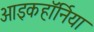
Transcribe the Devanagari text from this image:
आइकहॉर्निया